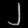
Digit: ၂